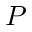
P